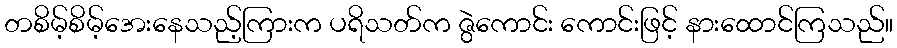
တစိမ့်စိမ့်အေးနေသည့်ကြားက ပရိသတ်က ဇွဲကောင်း ကောင်းဖြင့် နားထောင်ကြသည်။